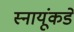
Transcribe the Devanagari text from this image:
स्नायूंकडे